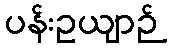
ပန်းဥယျာဉ်